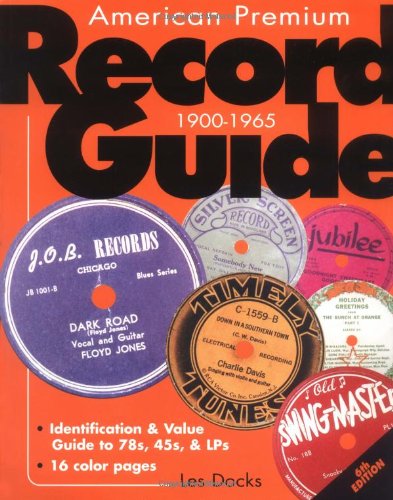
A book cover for American Premium Record Guide, 1900-1965: Identification & Value Guide to 78s, 45s, & LPs; Les Docks; Crafts, Hobbies & Home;